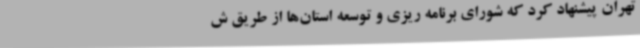
تهران پیشنهاد کرد که شورای برنامه ریزی و توسعه استان‌ها از طریق ش